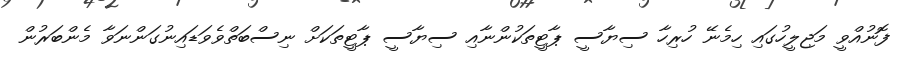
ފޮނުއްވީ މަޖިލީހުގައި ހިމެނޭ ހުރިހާ ސިޔާސީ ޕާޓީތަކުންނާއި ސިޔާސީ ޕާޓީތަކަށް ނިސްބަތްވެވަޑައިނުގަންނަވާ މެންބަރުން